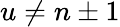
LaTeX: u\neq n\pm 1